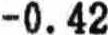
-0.42